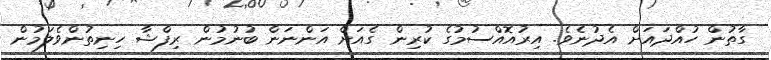
ގާތުން ހުއްދައަަށް އެދުނެވެ. އިރުއޮއްސުމުގެ ކުރިން ގެއަށް އަންނަން ބުނުމުން ރިފްޝާ ހިނިތުންވެލަމުން